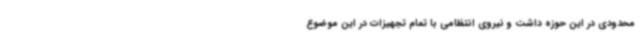
محدودی در این حوزه داشت و نیروی انتظامی با تمام تجهیزات در این موضوع